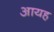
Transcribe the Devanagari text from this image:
आयह